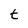
Character: t